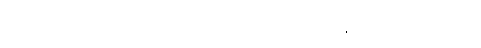
အစ်မကြီးယောက်ျားကိုနီက ချော်လဲလို့ ခြေထောက်အရိုးအက်သွားတယ်။